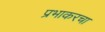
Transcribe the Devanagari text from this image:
प्रभाकरचा